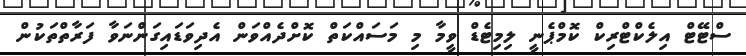
ސްޓޭޓް އިލެކްޓްރިކް ކޮމްޕެނީ ލިމިޓެޑް ވީމާ މި މަސައްކަތް ކޮށްދެއްވަން އެދިވަޑައިގަންނަވާ ފަރާތްތަކުން